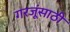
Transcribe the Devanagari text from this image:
गरजूंसाठी